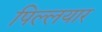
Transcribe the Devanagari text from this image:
पिल्लयार